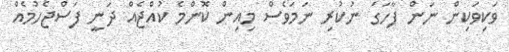
ވަކިވަކިން ނަން ފާހަގަ ނުކުރި ނަމަވެސް މިއިން ކޮންމެ ކުއްޖެއް ދަނީ ފަސްޖެހުމެއް